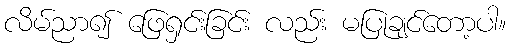
လိမ်ညာ၍ ဖြေရှင်းခြင်း လည်း မပြုချင်တော့ပါ။